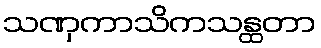
သဏှကာသိကသန္ထတာ